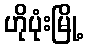
ဟိုပုံးမြို့